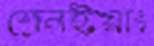
শেনইয়াং